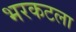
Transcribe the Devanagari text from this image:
भरकटला